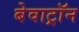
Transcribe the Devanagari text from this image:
बेवाट्रॉन